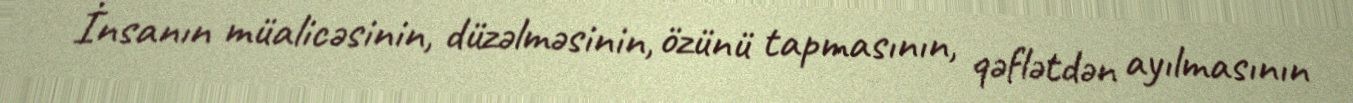
İnsanın müalicəsinin, düzəlməsinin, özünü tapmasının, qəflətdən ayılmasının